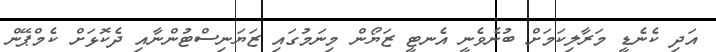
އަދި ކެނެޑީ މަރާލިކަމަށް ބުނެވެނީ އެނޓީ ޒަޔޯން މިނަމުގައި ޒަޔަނިސްޓުންނާއި ދެކޮޅަށް ކެމްޕޭން